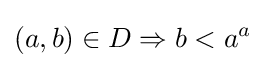
(a,b)\in D\Rightarrow b<a^{a}